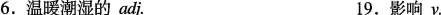
6.温暖潮湿的adj. 19.影响v.